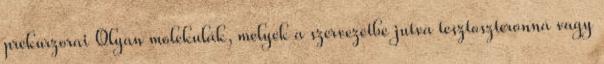
prekurzorai Olyan molekulák, melyek a szervezetbe jutva tesztoszteronná vagy